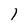
Character: 1